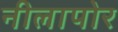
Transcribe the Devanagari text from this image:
नीलापोर